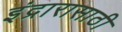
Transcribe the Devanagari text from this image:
इंद्रारासाठी